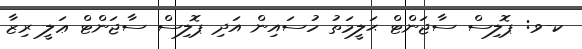
ކ-ވ: ޕޮލިސް ސާޖަންޓް ޙަލީމަތު ހުސައިން އަދި ޕޮލިސް ސާޖަންޓް ޢަލީ ރިޒާ